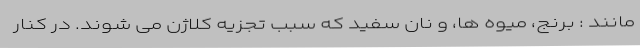
مانند : برنج، میوه ها، و نان سفید که سبب تجزیه کلاژن می شوند. در کنار